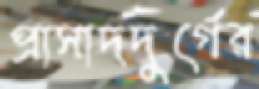
প্রাসাদদুর্গের